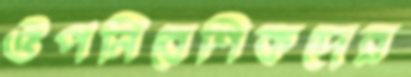
ঔপনিবেশিকদের